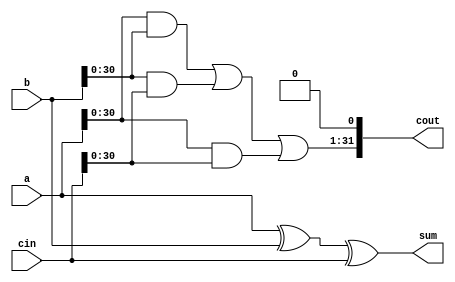
module CSA (
	input [31:0]a, b, cin,
	output [31:0]sum, cout);
	
	assign sum = a ^ b ^ cin;
	assign cout[0] = 1'b0;
	assign cout[31:1] = (a&b)|(b&cin)|(a&cin);
endmodule

module wallace_multiplier (
	input [15:0] a, b,
	output[31:0] prod_final);
	
	reg [31:0] pProd[15:0];
	
	integer i;
	
	always @(*)
	begin
		for(i = 0; i < 16; i = i+1)
		begin
			if(b[i] == 1)
			begin
				pProd[i] = a << i;
			end
			else
			begin
				pProd[i] = 32'h0000_0000;
			end
		end
	end
	
	//level 7
	wire [31:0] l7pProd[10:0];
	genvar j;
	generate 
		for(j = 0; j < 5; j = j + 1) 
		begin : lev7
			CSA l7 (pProd[3*j], pProd[3*j+1], pProd[3*j+2], l7pProd[2*j], l7pProd[2*j+1]);
		end
	endgenerate
	
	assign l7pProd[10] = pProd[15];
	
	//level 6
	wire [31:0] l6pProd[7:0];
	genvar k;
	generate
		for(k = 0; k < 3; k = k + 1)
		begin : lev6
			CSA l6 (l7pProd[3*k], l7pProd[3*k+1], l7pProd[3*k+2], l6pProd[2*k], l6pProd[2*k+1]);
		end
	endgenerate
	
	assign l6pProd[6] = l7pProd[9];
	assign l6pProd[7] = l7pProd[10];
	
	//level 5
	wire [31:0] l5pProd[5:0];
	genvar l;
	generate
		for(l = 0; l < 2; l = l + 1)
		begin : lev5
			CSA l5 (l6pProd[3*l], l6pProd[3*l+1], l6pProd[3*l+2], l5pProd[2*l], l5pProd[2*l+1]);
		end
	endgenerate
	
	assign l5pProd[4] = l6pProd[6];
	assign l5pProd[5] = l6pProd[7];
	
	//level 4
	wire [31:0] l4pProd[3:0];
	genvar m;
	generate
		for(m = 0; m < 2; m = m + 1)
		begin : lev4
			CSA l4 (l5pProd[3*m], l5pProd[3*m+1], l5pProd[3*m+2], l4pProd[2*m], l4pProd[2*m+1]);
		end
	endgenerate
	
	//level 3
	wire [31:0] l3pProd[2:0];
	CSA l3 (l4pProd[0], l4pProd[1], l4pProd[2], l3pProd[0], l3pProd[1]);
	assign l3pProd[2] = l4pProd[3];
	
	//level 2
	wire [31:0] l2pProd[1:0];
	CSA l2 (l3pProd[0], l3pProd[1], l3pProd[2], l2pProd[0], l2pProd[1]);
	
	// answer
	assign prod_final = l2pProd[0] + l2pProd[1];
	
	// level = 1
	wire ignore_carry;
	BK_adder32bit adder1 (l2pProd[0],l2pProd[1],1'b0, prod_final,ignore_carry);	
	
	
endmodule

module BK_adder32bit (
	input [31:0]x, y,
	input cin,
	output [31:0] sum,
	output cout);
	
	wire [32:0] carry;
	assign carry[0] = cin; //input carry
	
	wire [31:0] G_1, P_1;
	assign G_1 = x & y;
	assign P_1 = x ^ y;
	
	//level1
	genvar i;
	wire [15:0] G_2, P_2;
	generate
		for(i=0;i<16;i=i+1) begin
			assign G_2[i] = G_1[2*i+1] | P_1[2*i+1] & G_1[2*i];
			assign P_2[i] = P_1[2*i+1] & P_1[2*i];
		end
	endgenerate
	
	//level2
	genvar j;
	wire [7:0] G_3, P_3;
	generate
		for(j=0;j<8;j=j+1) begin
			assign G_3[j] = G_2[2*j+1] | P_2[2*j+1] & G_2[2*j];
			assign P_3[j] = P_2[2*j+1] & P_2[2*j];
		end
	endgenerate
	
	//level3
	genvar k;
	wire [3:0] G_4, P_4;
	generate
		for(k=0;k<4;k=k+1) begin
			assign G_4[k] = G_3[2*k+1] | P_3[2*k+1] & G_3[2*k];
			assign P_4[k] = P_3[2*k+1] & P_3[2*k];
		end
	endgenerate
	
	//level4
	genvar l;
	wire [1:0] G_5, P_5;
	generate
		for(l=0;l<2;l=l+1) begin
			assign G_5[l] = G_4[2*l+1] | P_4[2*l+1] & G_4[2*l];
			assign P_5[l] = P_4[2*l+1] & P_4[2*l];
		end
	endgenerate
	
	//level5
	wire G_6, P_6;
	assign G_6 = G_5[1] | P_5[1] & G_5[0];
	assign P_6 = P_5[1] & P_5[0];
	
	//carry generation
	//1st iteration
	assign carry[32] = G_6 | P_6 & carry[0];
	assign carry[16] = G_5[0] | P_5[0] & carry[0];
	
	//2nd iteration
	assign carry[8] = G_4[0] | P_4[0] & carry[0];
	assign carry[24] = G_4[2] | P_4[2] & carry[16];
	
	//3rd iteration
	assign carry[4] = G_3[0] | P_3[0] & carry[0];
	assign carry[12] = G_3[2] | P_3[2] & carry[8];
	assign carry[20] = G_3[4] | P_3[4] & carry[16];
	assign carry[28] = G_3[6] | P_3[6] & carry[24];
	
	//4th iteration
	assign carry[2] = G_2[0] | P_2[0] & carry[0];
	assign carry[6] = G_2[2] | P_2[2] & carry[4];
	assign carry[10] = G_2[4] | P_2[4] & carry[8];
	assign carry[14] = G_2[6] | P_2[6] & carry[12];
	assign carry[18] = G_2[8] | P_2[8] & carry[16];
	assign carry[22] = G_2[10] | P_2[10] & carry[20];
	assign carry[26] = G_2[12] | P_2[12] & carry[24];
	assign carry[30] = G_2[14] | P_2[14] & carry[28];
	
	//5th iteration
	assign carry[1] = G_1[0] | P_1[0] & carry[0];
	assign carry[3] = G_1[2] | P_1[2] & carry[2];
	assign carry[5] = G_1[4] | P_1[4] & carry[4];
	assign carry[7] = G_1[6] | P_1[6] & carry[6];
	assign carry[9] = G_1[8] | P_1[8] & carry[8];
	assign carry[11] = G_1[10] | P_1[10] & carry[10];
	assign carry[13] = G_1[12] | P_1[12] & carry[12];
	assign carry[15] = G_1[14] | P_1[14] & carry[14];
	assign carry[17] = G_1[16] | P_1[16] & carry[16];
	assign carry[19] = G_1[18] | P_1[18] & carry[18];
	assign carry[21] = G_1[20] | P_1[20] & carry[20];
	assign carry[23] = G_1[22] | P_1[22] & carry[22];
	assign carry[25] = G_1[24] | P_1[24] & carry[24];
	assign carry[27] = G_1[26] | P_1[26] & carry[26];
	assign carry[29] = G_1[28] | P_1[28] & carry[28];
	assign carry[31] = G_1[30] | P_1[30] & carry[30];
	
	assign sum = P_1 ^ carry[31:0];
	
endmodule